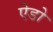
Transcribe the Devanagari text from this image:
ऐडो